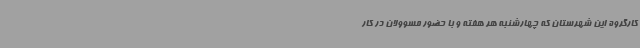
کارگروه‌ این شهرستان که چهارشنبه هر هفته و با حضور مسوولان در کار